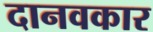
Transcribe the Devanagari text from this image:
दानवकार